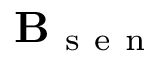
\mathbf { B } _ { \mathrm { ~ s ~ e ~ n ~ } }